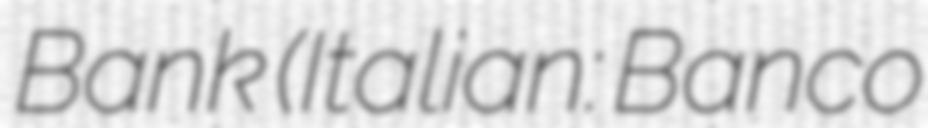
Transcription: Bank (Italian: Banco